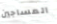
المساجين